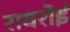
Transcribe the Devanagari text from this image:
रावरोई